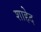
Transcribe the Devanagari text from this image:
शाहेद